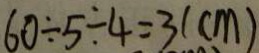
6 0 \div 5 \div 4 = 3 ( c m )